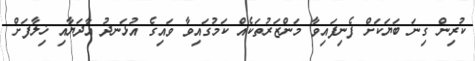
ކުރިން ގިނަ ބަޔަކަށް ފެނިފައިވާ މަންޒަރުތަކެއް ކަމުގައިވާ ވައިގެ އުޅަނދު އާދަޔާއި ޚިލާފަށް